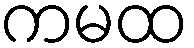
ကမထ